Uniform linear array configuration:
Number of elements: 12
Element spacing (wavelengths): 0.25
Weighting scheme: binomial
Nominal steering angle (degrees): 15
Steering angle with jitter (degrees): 15.659
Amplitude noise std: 0.05
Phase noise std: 0.05

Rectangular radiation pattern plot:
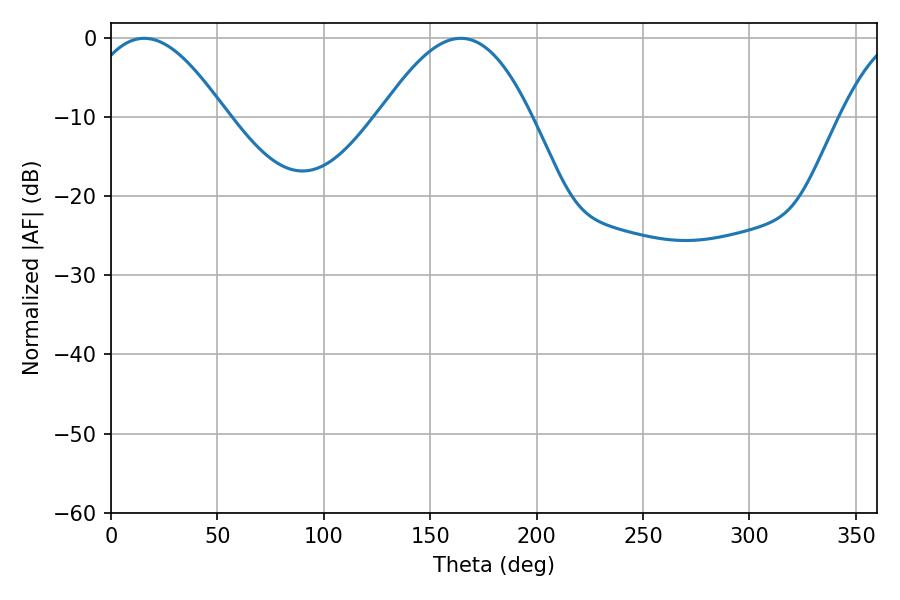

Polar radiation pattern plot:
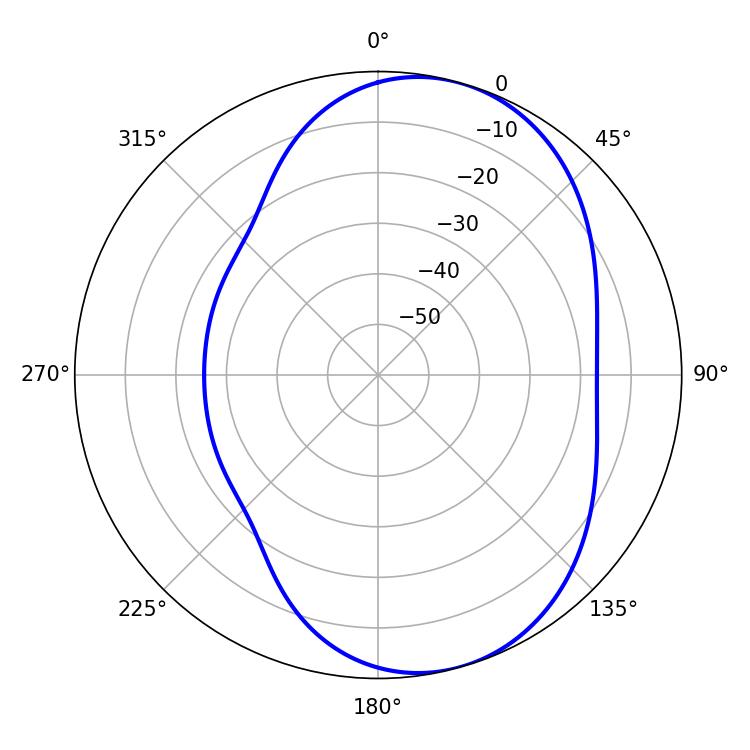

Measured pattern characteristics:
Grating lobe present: FALSE
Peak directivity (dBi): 6.586
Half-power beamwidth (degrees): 35.82
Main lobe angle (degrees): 15.66